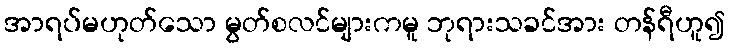
အာရပ်မဟုတ်သော မွတ်စလင်များကမူ ဘုရားသခင်အား တန်ရီဟူ၍